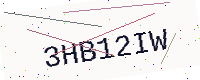
Text: 3HB12IW